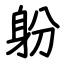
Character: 躮